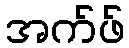
အက်ဖ်